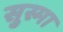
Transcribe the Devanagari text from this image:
सुस्मा